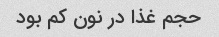
حجم غذا در نون کم بود